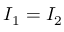
I _ { 1 } = I _ { 2 }